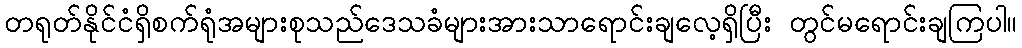
တရုတ်နိုင်ငံရှိစက်ရုံအများစုသည်ဒေသခံများအားသာရောင်းချလေ့ရှိပြီး တွင်မရောင်းချကြပါ။